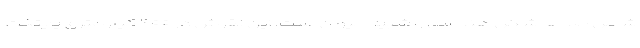
شامل صد‌ها شکل هندسی و شبیه حیوان است. این نقوش در ۴۰۰ کیلومتری پایتخت